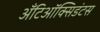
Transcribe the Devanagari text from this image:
अँटिऑक्सिडंटस